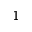
1